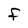
Character: F